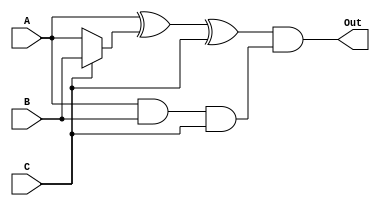
`timescale 1ns/1ns

// Code your design here
module CombinationalLogic(

     input wire A,

    input wire B,

     input wire C,

     output wire Out

);


wire xor_out1, xor_out2, and_out;

wire mux_out;


assign #3 mux_out = (C) ? B : A; 

assign #2 xor_out1 = A ^ mux_out;

assign #2 xor_out2 = xor_out1 ^ C;

assign #1 and_out = A & B & C;

assign #1 Out = xor_out2 & and_out;

endmodule